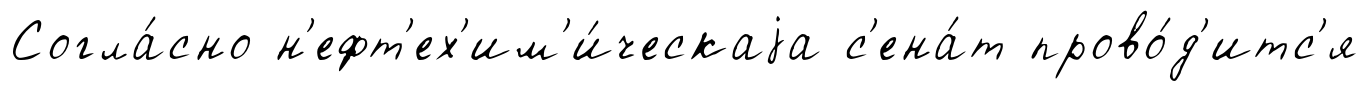
Согла́сно н'ефт'ех'им'и́ческаjа с'ена́т прово́д'итс'я